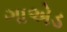
ગાએડ